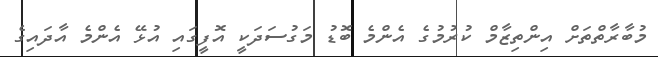
މުބާރާތްތަށް އިންތިޒާމް ކުރުމުގެ އެންމެ ބޮޑު މަގުސަދަކީ އޮފީގައި އުޅޭ އެންމެ އާދައިގެ